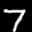
Label: 7